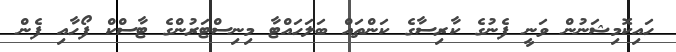
ހައިކޮމިޝަނުން ވަނީ ފެނުގެ ކާރިސާގެ ކަންތައް ބަލަހައްޓާ މިނިސްޓަރުންގެ ޓާސްކް ފޯހާއި ފެން